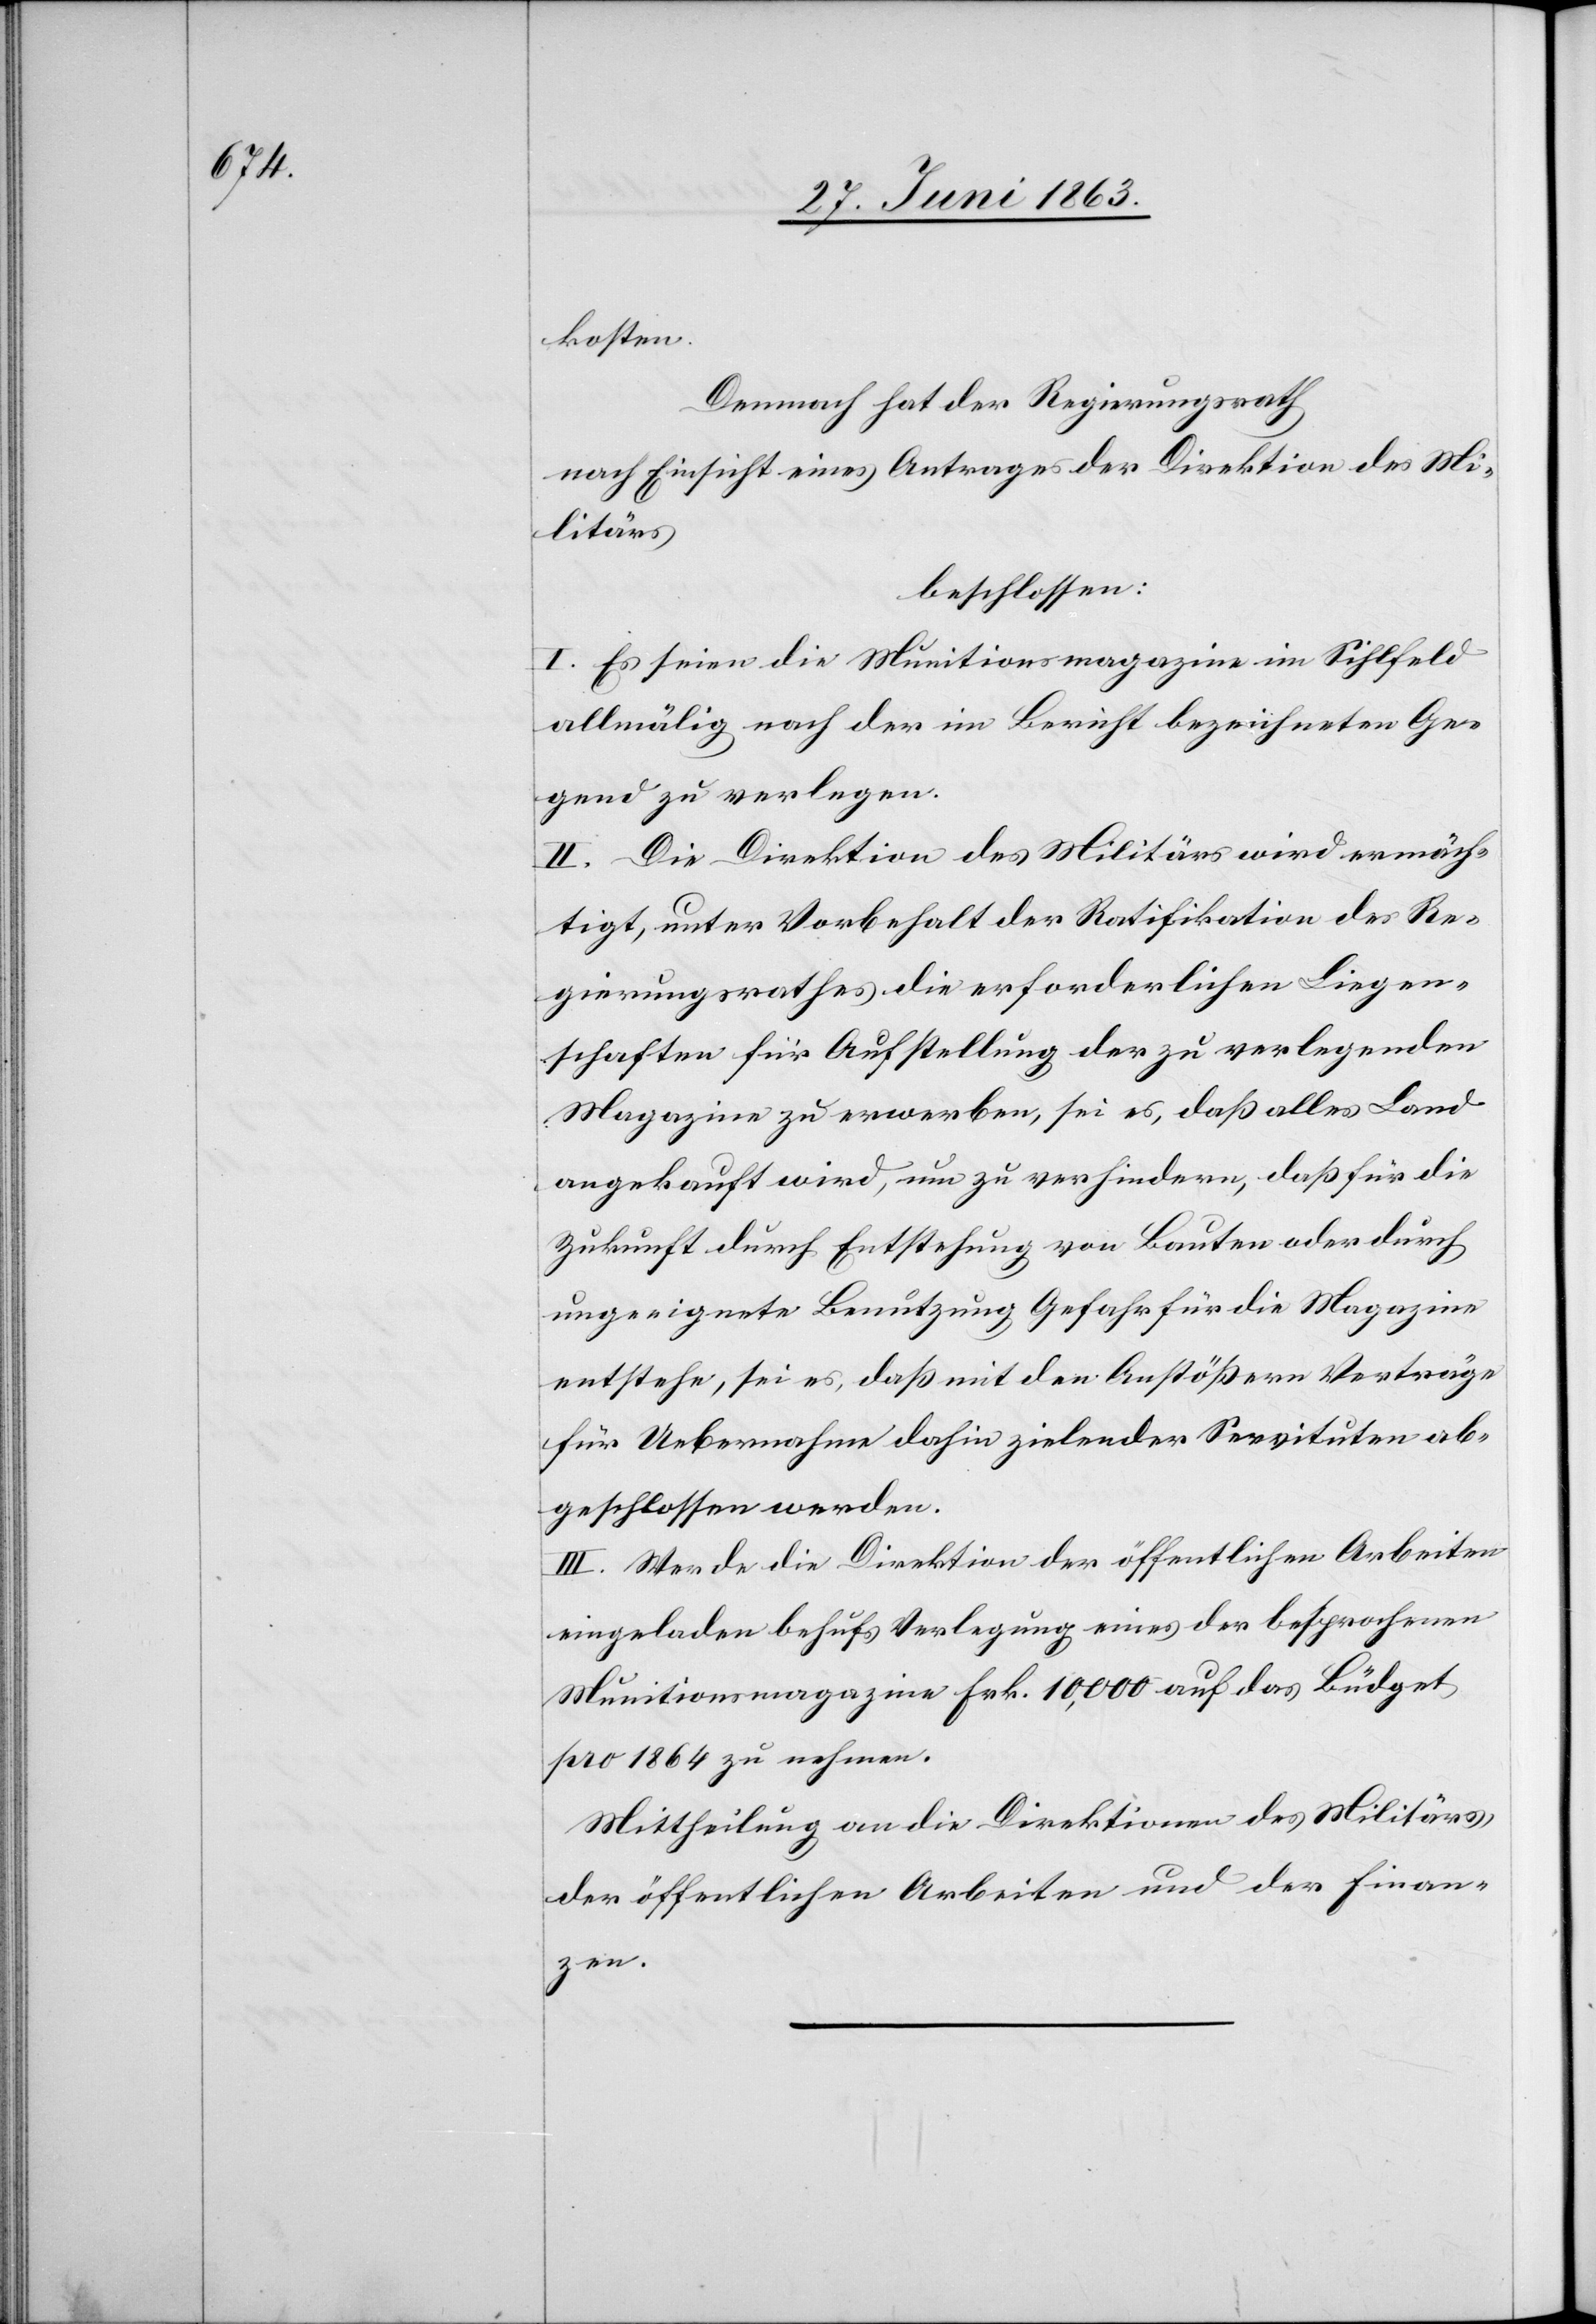
kosten.
Demnach hat der Regierungsrath
nach Einsicht eines Antrages der Direktion des Mi¬
litärs
beschlossen:
I. Es seien die Munitionsmagazine im Sihlfeld
allmälig nach der im Bericht bezeichneten Ge¬
gend zu verlegen.
II. Die Direktion des Militärs wird ermäch¬
tigt, unter Vorbehalt der Ratifikation des Re¬
gierungsrathes die erforderlichen Liegen¬
schaften für Aufstellung der zu verlegenden
Magazine zu erwerben, sei es, daß alles Land
angekauft wird, um zu verhindern, daß für die
Zukunft durch Entstehung von Bauten oder durch
ungeeignete Benutzung Gefahr für die Magazine
entstehe, sei es, daß mit den Anstößern Verträge
für Uebernahme dahin zielender Servituten ab¬
geschlossen werden.
III. Werde die Direktion der öffentlichen Arbeiten
eingeladen behufs Verlegung eines der besprochenen
Munitionsmagazine Frk. 10,000 auf das Büdget
pro 1864 zu nehmen.
Mittheilung an die Direktionen des Militärs,
der öffentlichen Arbeiten und der Finan¬
zen.